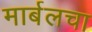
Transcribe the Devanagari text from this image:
मार्बलचा